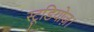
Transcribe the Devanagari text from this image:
स्टूडियोज़।